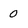
Character: 0